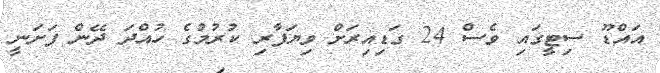
އައްޑޫ ސިޓީގައި ވެސް 24 ގަޑިއިރަށް ވިޔަފާރި ކުރުމުގެ ހުއްދަ ދޭން ފަށަނީ